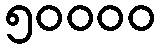
၅၀၀၀၀